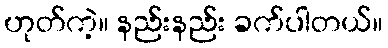
ဟုတ်ကဲ့။ နည်းနည်း ခက်ပါတယ်။